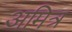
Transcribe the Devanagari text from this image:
अमित्र